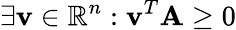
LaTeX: \exists\mathbf{v}\in\mathbb{R}^{n}:\mathbf{v}^{T}\mathbf{A}\geq 0